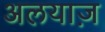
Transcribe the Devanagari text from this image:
अलयाज़